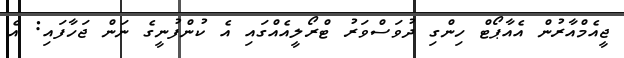
ޖީއެމްއާރުން އެއާޕޯޓް ހިންގި ދުވަސްވަރު ޓްރޯލީއެއްގައި އެ ކުންފުނީގެ ނަން ޖަހާފައި: އެ